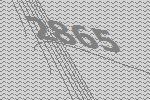
2865